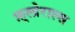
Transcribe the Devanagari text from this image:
फ़्लोराल्स